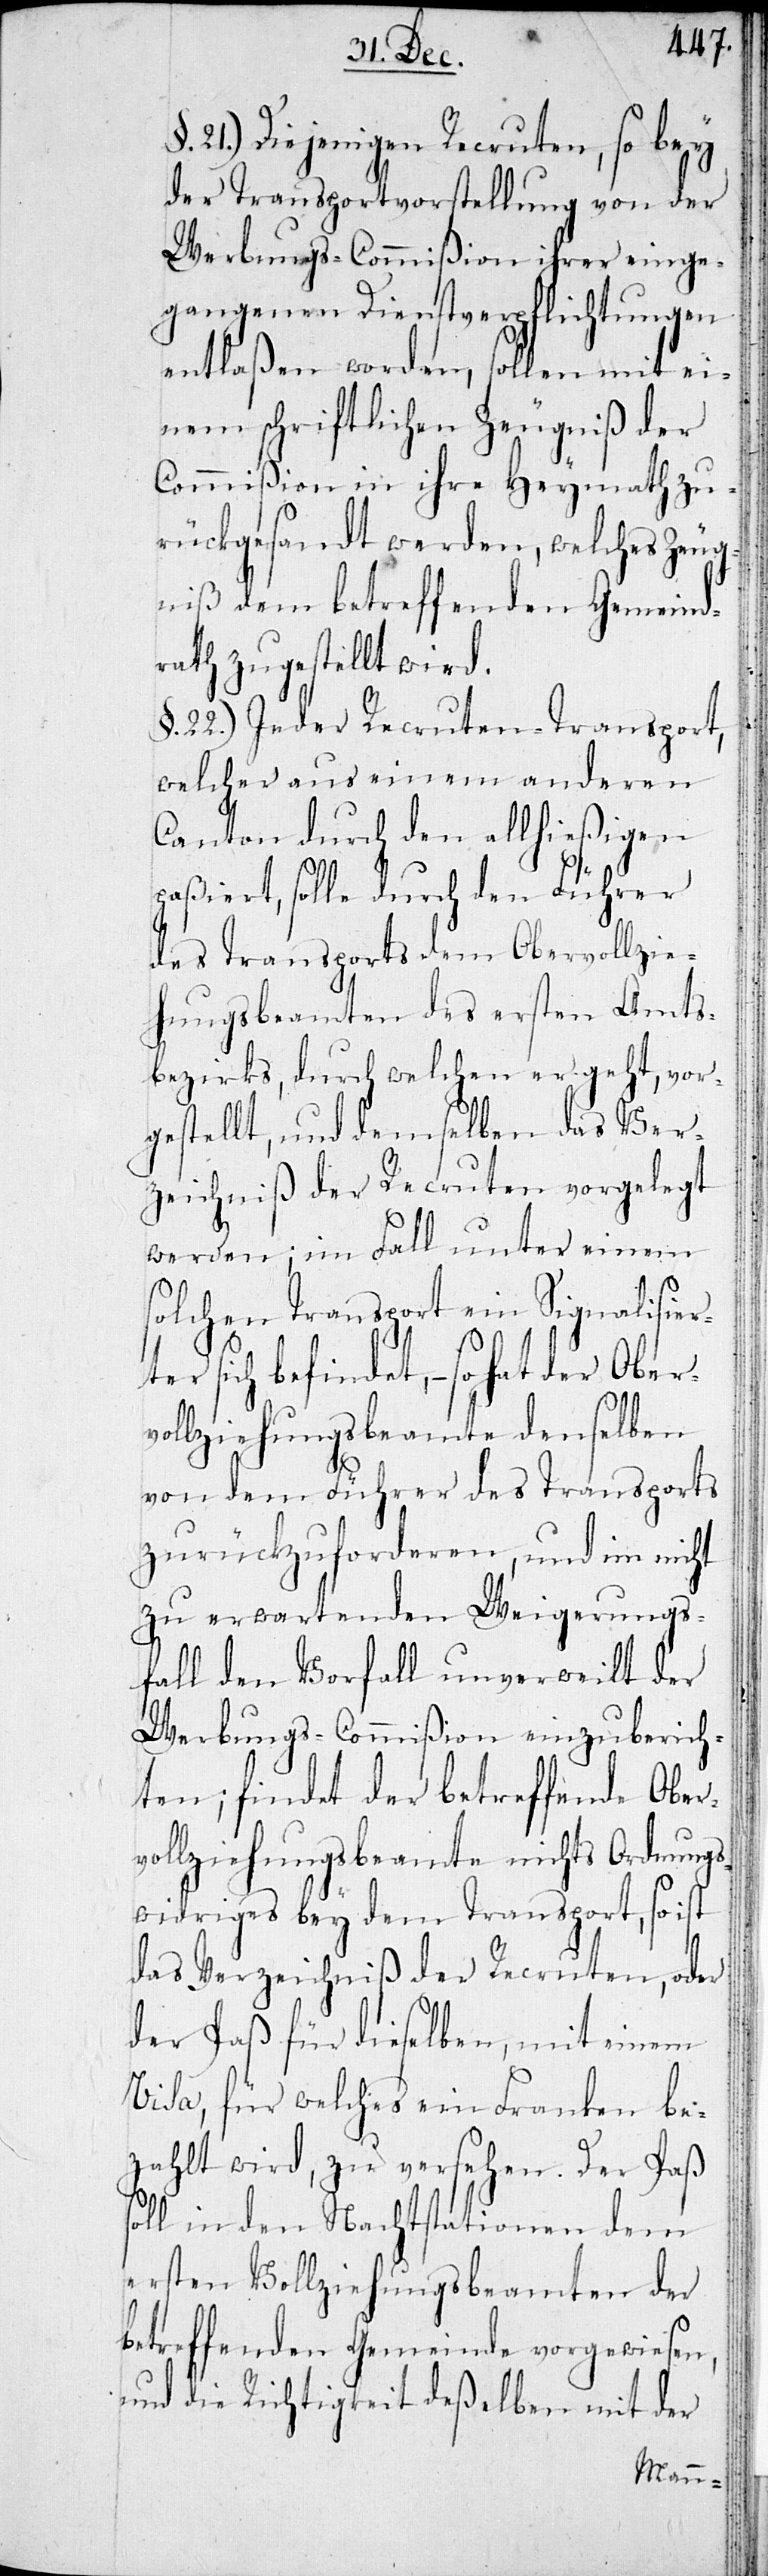
Oberv¬
21.) Diejenigen Recruten, so bey
der Transportvorstellung von der
Werbungs-Commißion ihrer einge¬
gangenen Dienstverpflichtungen
entlaßen worden, sollen mit ei¬
nem schriftlichen Zeugniß der
Commißion in ihre Heymath zu¬
rückgesandt werden, welches Zeug¬
niß dem betreffenden Gemeind¬
rath zugestellt wird.
§. 22.) Jeder Recruten-Transport,
welcher aus einem anderen
Canton durch den allhießigen
paßiert, solle durch den Führer
des Transports dem Obervollzie¬
hungsbeamten des ersten Amts¬
bezirks, durch welchen er geht, vor¬
gestellt, und demselben das Ver¬
zeichniß der Recruten vorgelegt
werden; im Fall unter einem
solchen Transport ein Signalisier¬
ter sich befindet, – so hat der
ollziehungsbeamte denselben
von dem Führer des Transports
zurückzuforderen, und im nicht
zu erwartenden Weigerungs¬
fall den Vorfall unverweilt der
Werbungs-Commißion einzuberich¬
ten; findet der betreffende Ober¬
vollziehungsbeamte nichts Ordnungs¬
widriges bey dem Transport, so ist
das Verzeichniß der Recruten, oder
der Paß für dieselben, mit einem
Visa, für welches ein Franken be¬
zahlt wird, zu versehen. Der Paß
soll in den Nachtstationen dem
ersten Vollziehungsbeamten der
betreffenden Gemeinde vorgewiesen,
und die Richtigkeit deßelben mit der